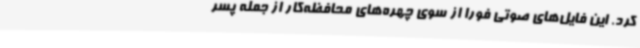
کرد. این فایل‌های صوتی فورا از سوی چهره‌های محافظه‌کار از جمله پسر